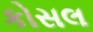
કોસલ